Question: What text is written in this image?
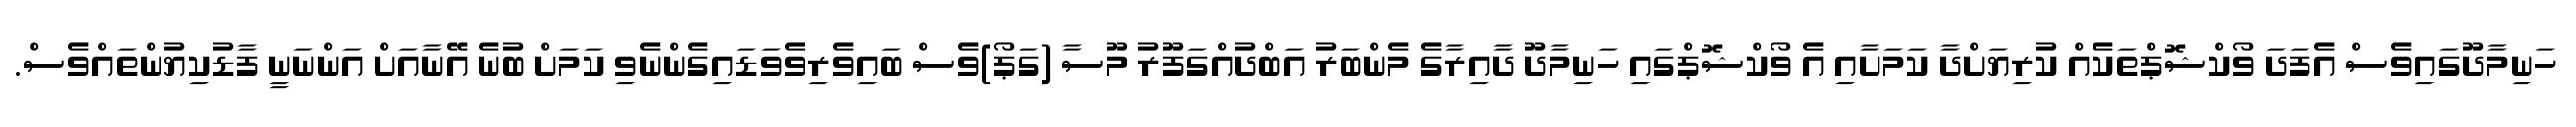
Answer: ހަނިމާދޫގައިވެސް އެފަދަ ވޯކްޝޮޕްތަކެއް ކުރިޔަށްދާ ކަމަށާއި އެ ވޯކްޝޮޕްގައި ހަނިމާދޫ ދާއިރާގެ މެންބަރު އަބްދުއްގަފޫރު މޫސާ (ގަޕޯ)ވެސް ބައިވެރިވެވަޑައިގެންނެވި ކަމަށް ބުނެ އޭނާއަށް އަންނަނީ ފާޑުކިޔުންތައްވެސް.